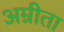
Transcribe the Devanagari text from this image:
अम्रीता